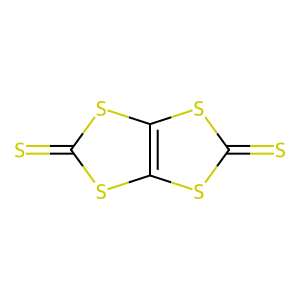
SMILES: S=c1sc2sc(=S)sc2s1
Inhibits HIV replication: No